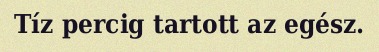
Tíz percig tartott az egész.